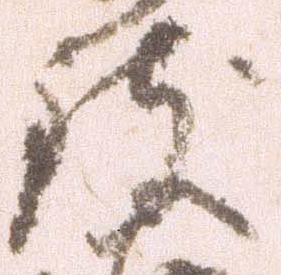
致